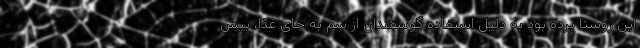
این روستا برده بود به دلیل استفاده گوسفندان از سم به جای غذا، بیش